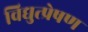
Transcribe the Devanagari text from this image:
विद्युत्प्रेषण